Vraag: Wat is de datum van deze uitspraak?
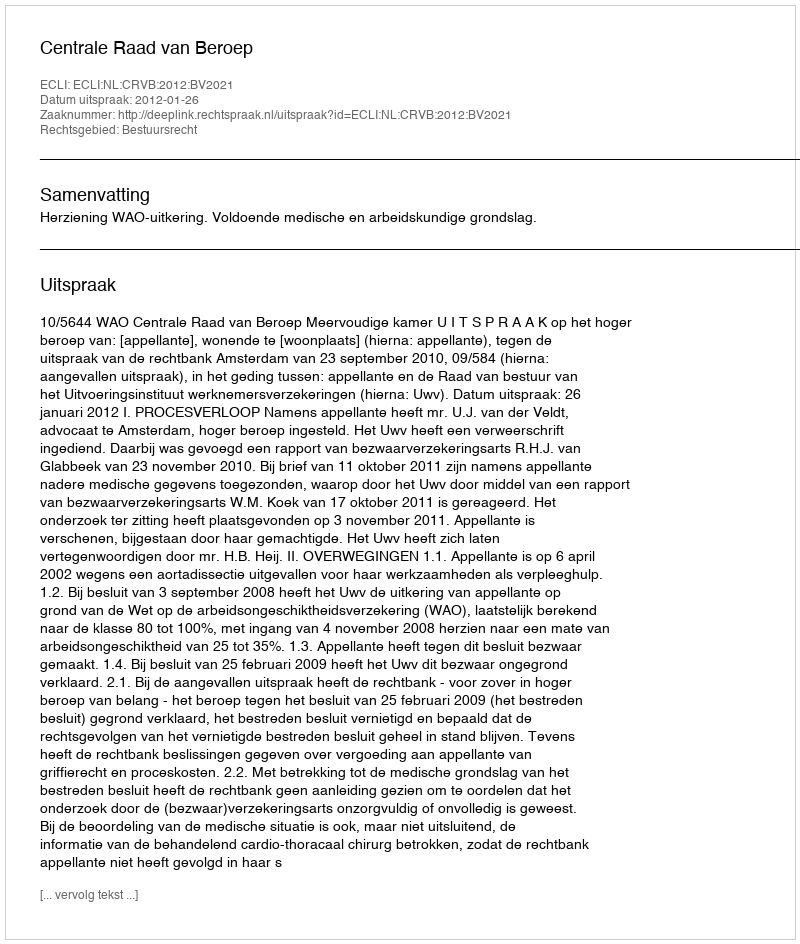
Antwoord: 2012-01-26